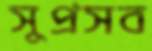
সুপ্রসব